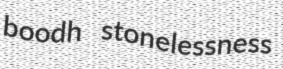
boodh stonelessness